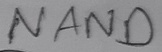
Text: NAND